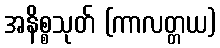
အနိစ္စသုတ် (ကာလတ္တယ)